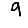
Digit: 9